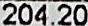
204.20